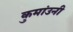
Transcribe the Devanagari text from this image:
कुमांउनी